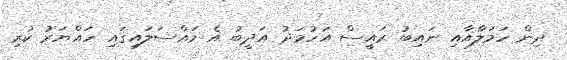
ދިން ހަމަލާއާއި ނައިބު ރައީސް އަހުމަދު އަދީބު އެ މައްސަލައިގައި ހައްޔަރު ކުރި